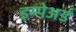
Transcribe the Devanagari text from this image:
इम्पेअर्ड